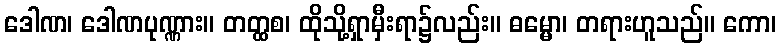
ဒေါဏ၊ ဒေါဏပုဏ္ဏား။ တတ္ထစ၊ ထိုသို့ရှာမှီးရာ၌လည်း။ ဓမ္မော၊ တရားဟူသည်။ ကော၊